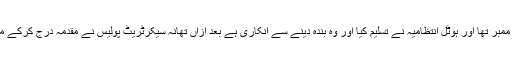
جو کہ ہوٹل کا سٹاف ممبر تھا اور ہوٹل انتظامیہ نے تسلیم کیا اور وہ بندہ دینے سے انکاری ہے بعد ازاں تھانہ سیکرٹریٹ پولیس نے مقدمہ درج کرکے ملزم کو گرفتار کرلیا ۔